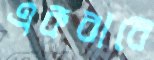
একবারে